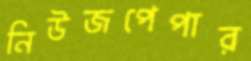
নিউজপেপার